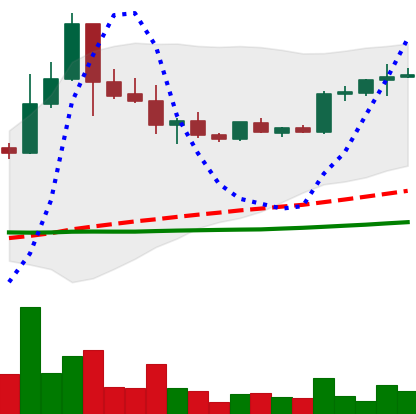
Ticker: BTC-USD
Chart end date: 2015-07-28
Forward return: -4.012%
Label: down_3_5